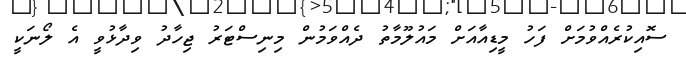
ސޮއިކުރެއްވުމަށް ފަހު މީޑިއާއަށް މައުލޫމާތު ދެއްވަމުން މިނިސްޓަރު ޖިހާދު ވިދާޅުވީ އެ ލޯނަކީ